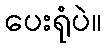
ပေးရုံပဲ။